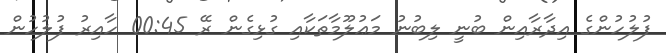
ފުލުހުންގެ އިދާރާއިން ބުނީ ލިބުނު މަޢުލޫމާތަކާއި ގުޅިގެން ރޭ 00:45 ހާއިރު ފުލުހުން